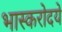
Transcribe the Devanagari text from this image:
भास्करोदये